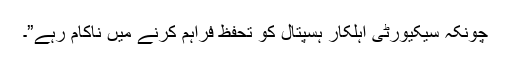
چونکہ سیکیورٹی اہلکار ہسپتال کو تحفظ فراہم کرنے میں ناکام رہے”۔